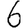
Digit: 6